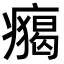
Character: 𤺐